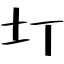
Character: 圢